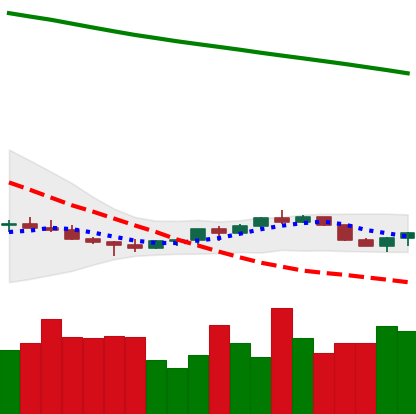
Ticker: EOS-USD
Chart end date: 2022-07-14
Forward return: 10.959%
Label: up_7plus